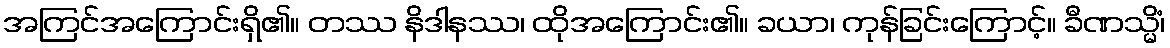
အကြင်အကြောင်းရှိ၏။ တဿ နိဒါနဿ၊ ထိုအကြောင်း၏။ ခယာ၊ ကုန်ခြင်းကြောင့်။ ခီဏသ္မိံ၊